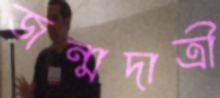
জন্মদাত্রী